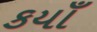
કયાઁ